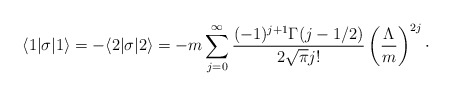
\begin{align*}\langle 1|\sigma |1\rangle = -\langle 2|\sigma |2\rangle = -m \sum_{j=0}^{\infty} {(-1)^{j+1}\Gamma(j-1/2)\over 2\sqrt{\pi} j!} \left( {\Lambda\over m}\right)^{2j}\cdotp\end{align*}